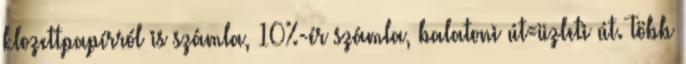
klozettpapírról is számla, 10%-ér számla, balatoni út=üzleti út. Több